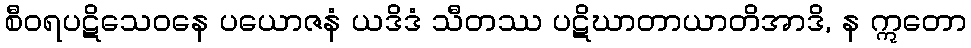
စီဝရပဋိသေဝနေ ပယောဇနံ ယဒိဒံ သီတဿ ပဋိဃာတာယာတိအာဒိ, န ဣတော